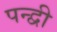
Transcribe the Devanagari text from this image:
पन्द्वी